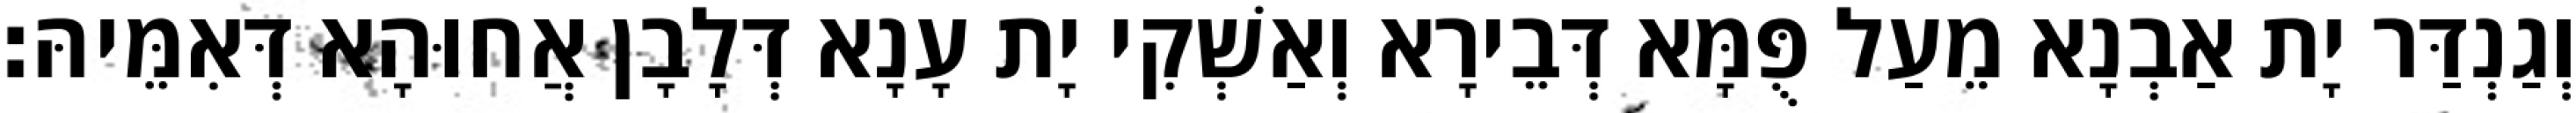
וְגַנְדַּר יָת אַבְנָא מֵעַל פֻּמָּא דְּבֵירָא וְאַשְׁקִי יָת עָנָא דְּלָבָן אֲחוּהָא דְּאִמֵּיהּ׃